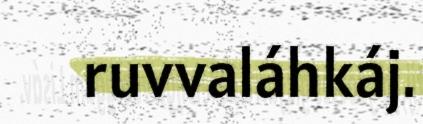
ruvvaláhkáj.